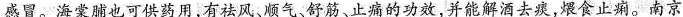
感冒。海棠脯也可供药用，有祛风、顺气、舒筋、止痛的功效，并能解酒去痰，煨食止痢。南京